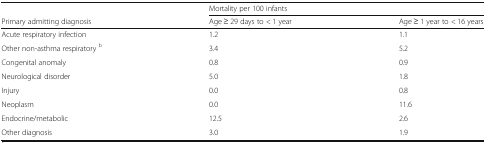
<table><thead><tr><td></td><td colspan="2"><b>Mortality per 100 infants</b></td></tr><tr><td><b>Primary admitting diagnosis</b></td><td><b>Age ≥ 29 days to &lt; 1 year</b></td><td><b>Age ≥ 1 year to &lt; 16 years</b></td></tr></thead><tbody><tr><td>Acute respiratory infection</td><td>1.2</td><td>1.1</td></tr><tr><td>Other non-asthma respiratory <sup>b</sup></td><td>3.4</td><td>5.2</td></tr><tr><td>Congenital anomaly</td><td>0.8</td><td>0.9</td></tr><tr><td>Neurological disorder</td><td>5.0</td><td>1.8</td></tr><tr><td>Injury</td><td>0.0</td><td>0.8</td></tr><tr><td>Neoplasm</td><td>0.0</td><td>11.6</td></tr><tr><td>Endocrine/metabolic</td><td>12.5</td><td>2.6</td></tr><tr><td>Other diagnosis</td><td>3.0</td><td>1.9</td></tr></tbody></table>